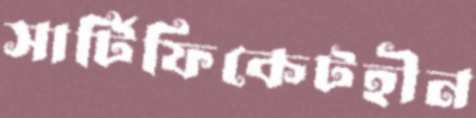
সার্টিফিকেটহীন